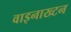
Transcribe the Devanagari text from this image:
वाइनाख्टन